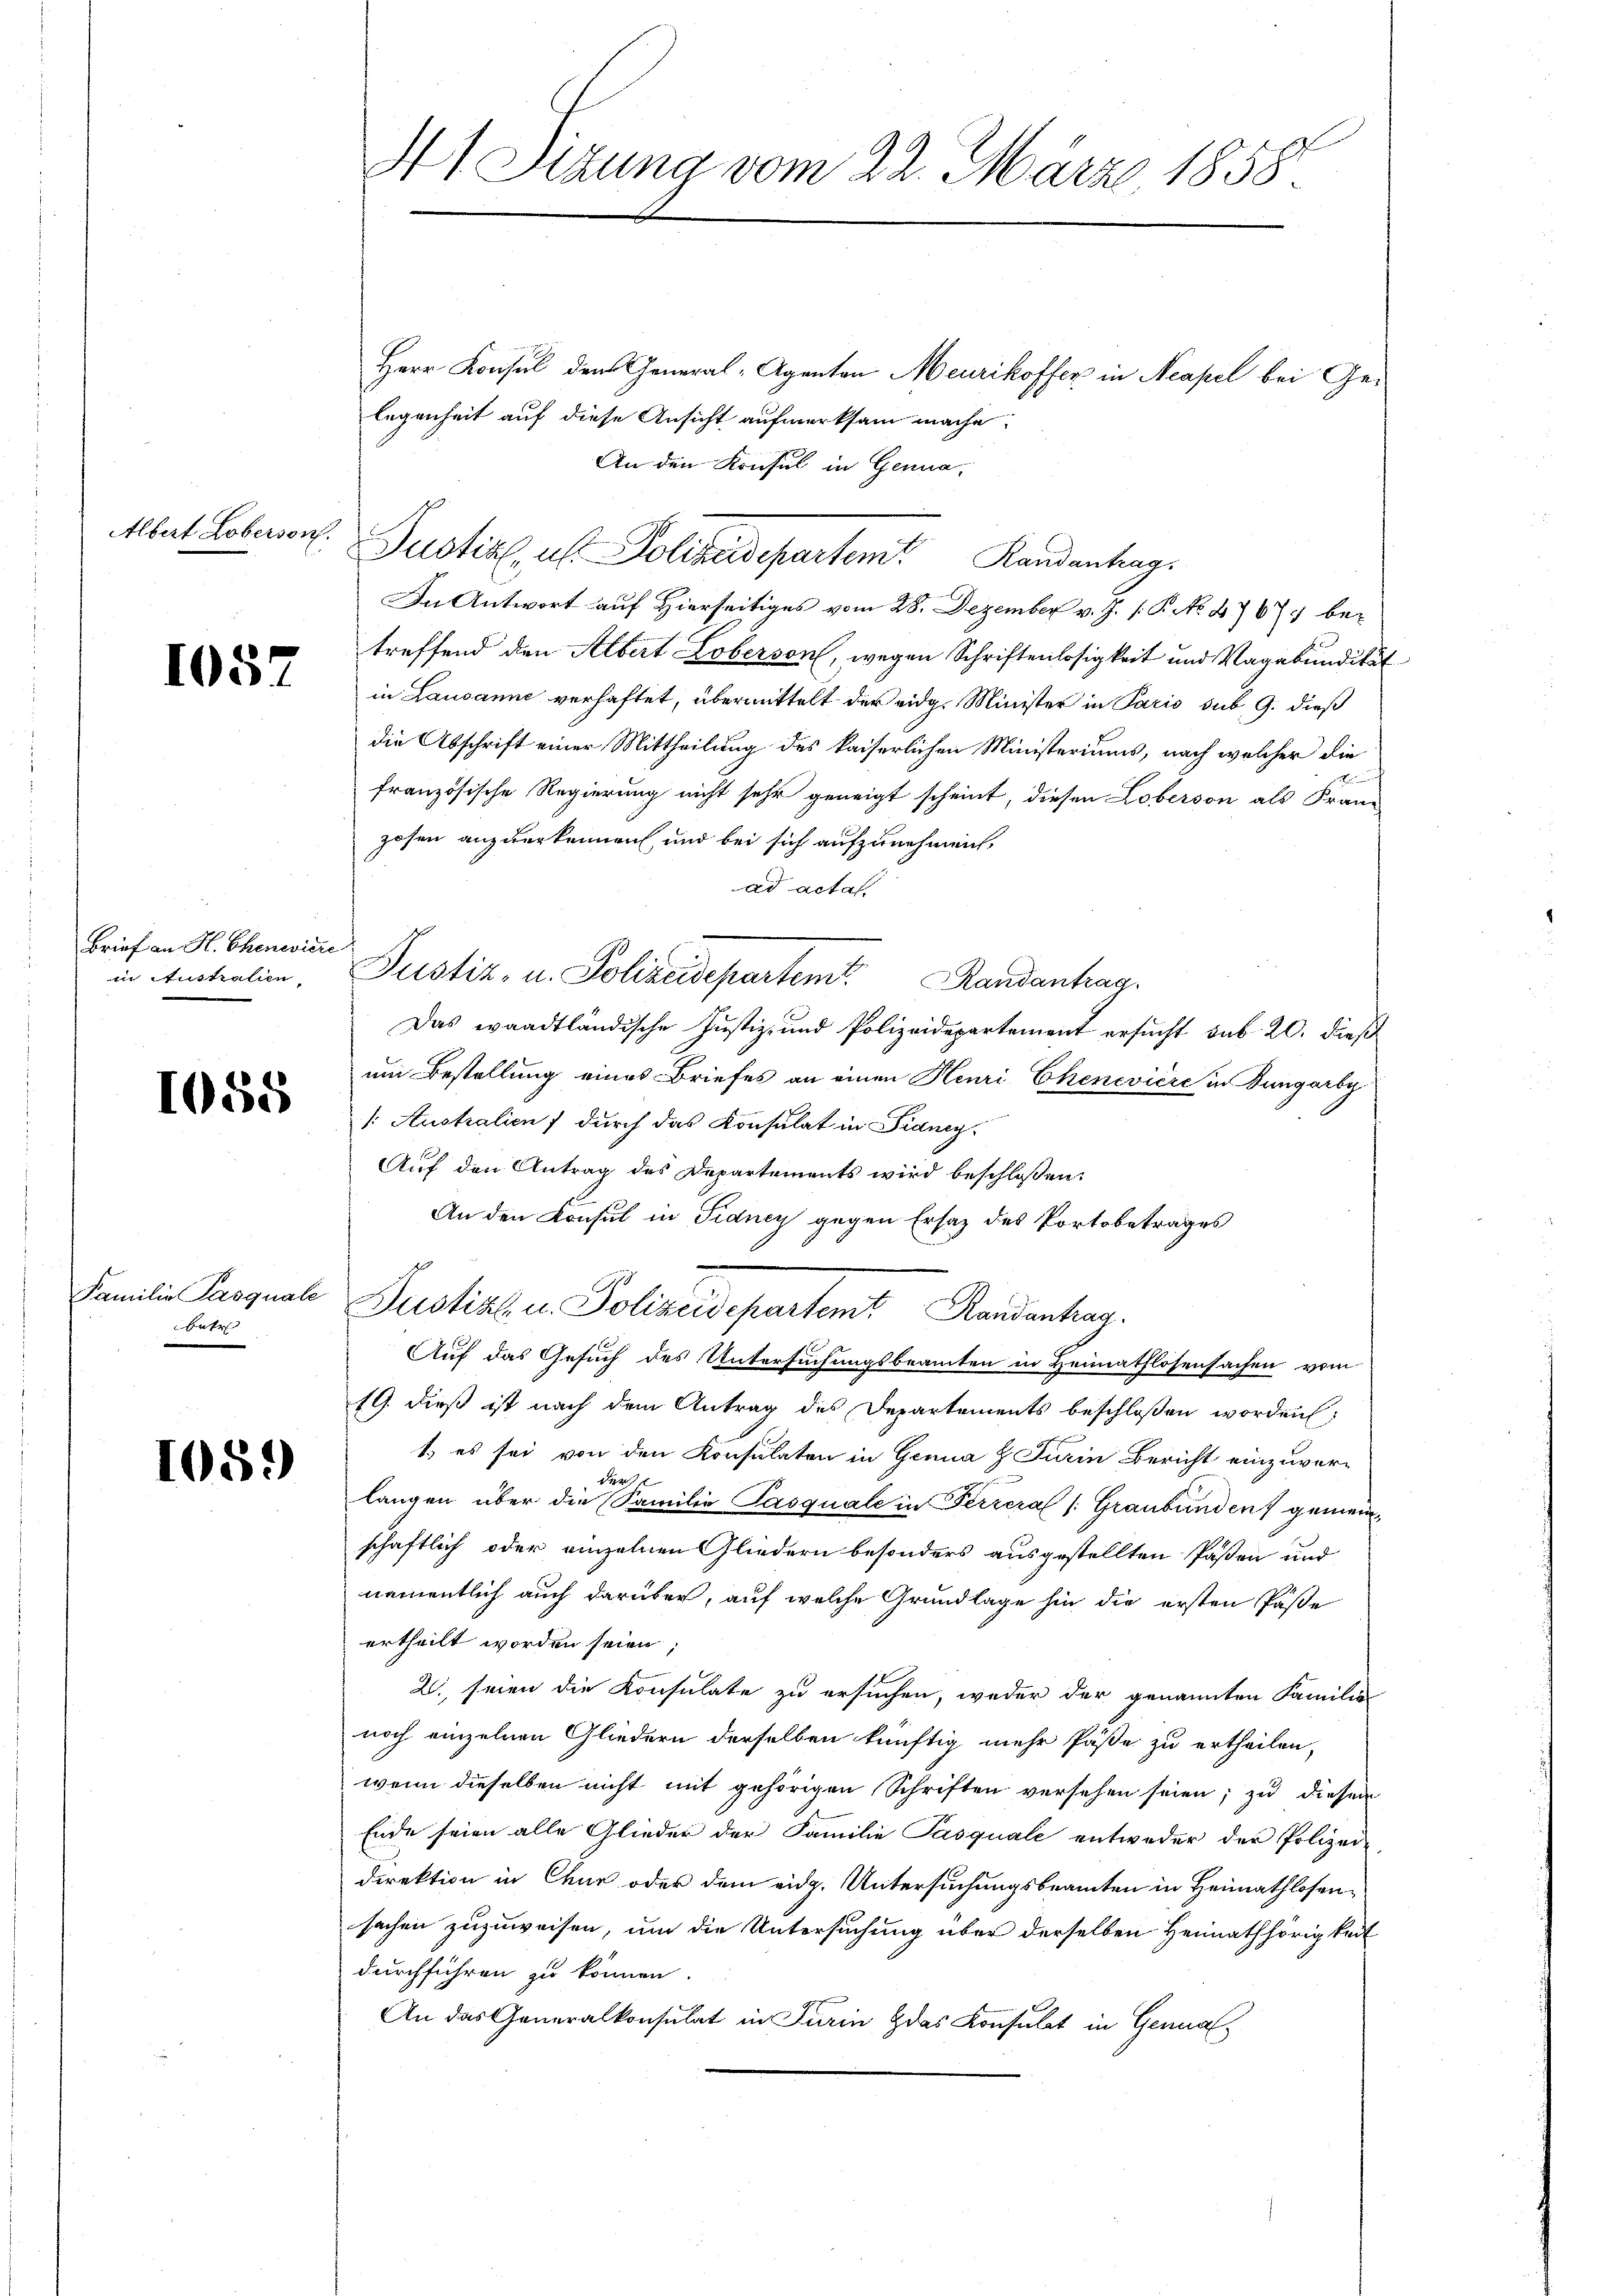
Albert Loberson.

1057

Brief an H. Chenwicke
in Australien

1055

Familie Pasquale
Betr

1059

41 Sizung vom 22. März 1858.

Herr Konsul den General-Agenten Meurikoffer in Neapel bei Gelegenheit auf diese Ansicht aufmerksam mache.
An den Konsul in Genua¬
In Antwort auf Hierseitiges vom 28. Dezember v. J. 1. P. No 4767 betreffend den Albert Loberson, wegen Schriftenlosigkeit und Vagabundikat
in Lausanne verhaftet, übermittelt der eidg. Minister in Pario sub. 9. dieß
die Abschrift einer Mittheilung des kaiserlichen Ministeriums, nach welcher die

französische Regierung nicht sehr geneigt scheint, diesen Loberson als Franz
zosen anzuerkennen, und bei sich aufzunehmen,
ad actat
Das waadtländische Justiz- und Polizeidepartement ersŭcht sub. 20. dieβ
um Bestellung eines Briefes an einen Henri Chenevière in Bungarby
1. Australien, durch das Konsulat in Fianey-
Auf den Antrag des Departements wird beschlossen:
.
1
An den Konsul in Fidney gegen Ersatz des Portobetrages
Justik u Polizeidepartem Standentrag.
Auf das Gesuch des Untersuchungsbeamten in Heimathlosensachen vom
19. dieß ist nach dem Antrag des Departements beschlossen worden;
1) es sei von den Konsulaten in Genua & Turin Bericht einzuverlangen über die Familie Pasquale in Ferreral (Graubünden gemeinschaftlich oder einzelnen Gliedern besonders ausgestellten Paßen und
namentlich auch darüber, auf welche Grundlage hin die ersten Päße
ertheilt worden seien
20. seien die Konsulate zu ersuchen, weder der genannten Familie
noch einzelnen Gliedern derselben künftig mehr Paße zu ertheilen,
wenn dieselben nicht mit gehörigen Schriften versehen seien; zu diesen
Ende seien alle Glieder der Familie Pasquale entweder der Polizei-
Direktion in Chur oder dem eidg. Untersuchungsbeamten in Heimathlosensachen zuzuweisen, um die Untersuchung über derselben Heimathörigkeit
durchführen zu können.
An das Generalkonsulat in Turin das Konsulat in Genua

Justiz- u. Polizeidepartem Randantrag

Justiz, u. Polizeidepartem Randentrag.